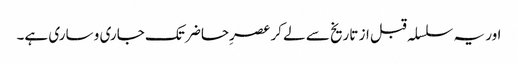
اور یہ سلسلہ قبل از تاریخ سے لے کر عصرِحاضر تک جاری و ساری ہے۔